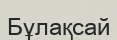
Бұлақсай